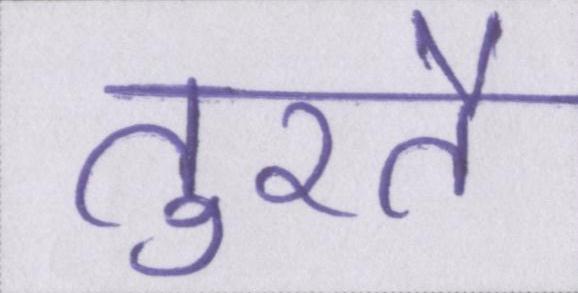
तुरतै